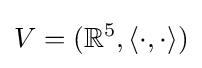
V=(\mathbb {R} ^{5},\langle \cdot ,\cdot \rangle )